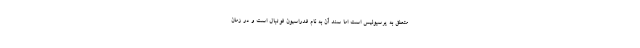
متعلق به پرسپولیس است اما سند آن به نام فدراسیون فوتبال است و در زمان